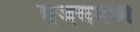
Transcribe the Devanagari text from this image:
तेजसमध्ये